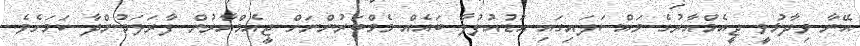
އޭނާ ވިދާޅުވީ ޖީއެމްއާރުގެ މައްސަލައިގައި އަޑުއުފުލާ ބައެއް މެމްބަރުންނަށް ޖީއެމްއާރުން ފާރަލަމުންދާ ކަމަށެވެ.